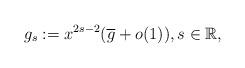
LaTeX: \begin{align*}g_s:=x^{2s-2}{\left(\overline g+ o(1)\right)},s\in\mathbb R, \end{align*}